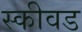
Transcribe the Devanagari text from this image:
स्कीवड